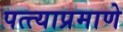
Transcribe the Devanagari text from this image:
पत्त्याप्रमाणे